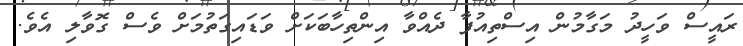
ރައީސް ވަހީދު މަގާމުން އިސްތިއުފާ ދެއްވާ އިންތިހާބަކަށް ވަޑައިގަތުމަށް ވެސް ގޮވާލި އެވެ.